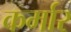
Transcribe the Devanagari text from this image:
कर्मार